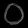
Digit: ၀